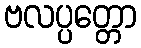
ဗလပ္ပတ္တော